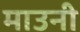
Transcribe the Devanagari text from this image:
माउनी